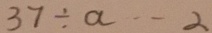
3 7 \div a \cdots 2